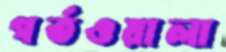
গর্তওয়ালা